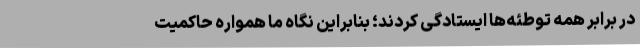
در برابر همه توطئه‌ها ایستادگی کردند؛ بنابراین نگاه ما همواره حاکمیت